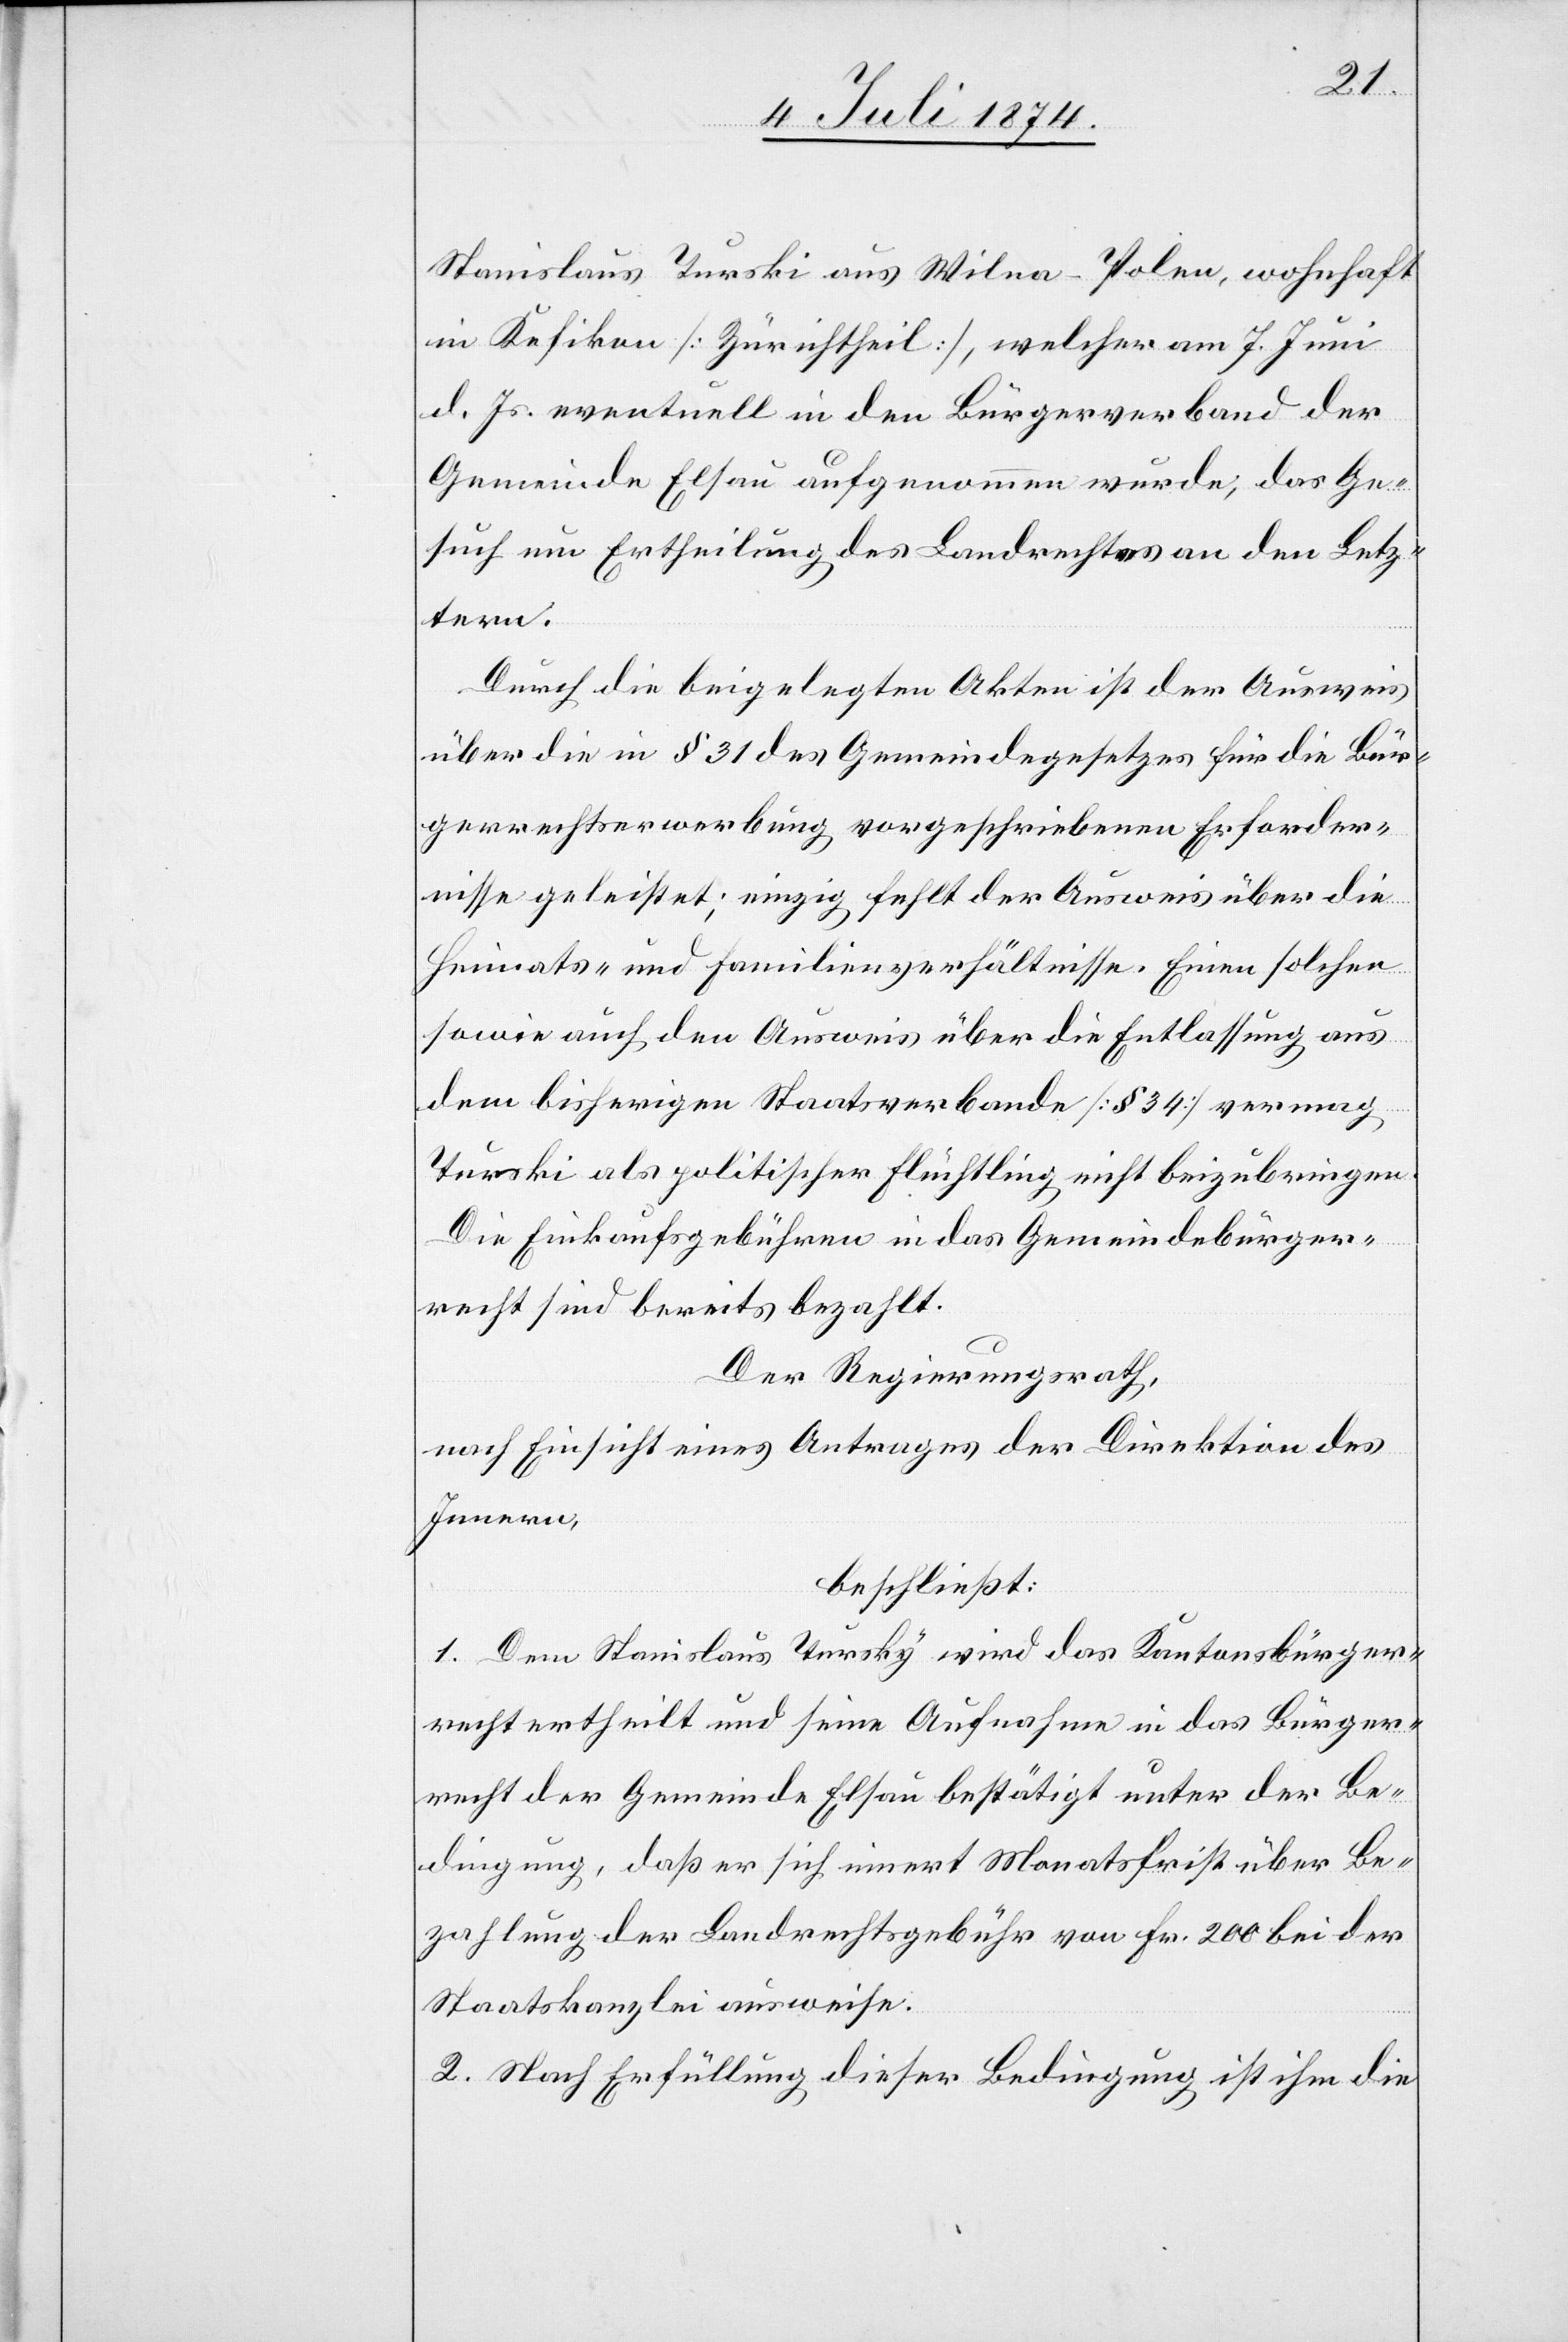
Stanislaus Turski aus Wilna-Polen, wohnhaft
in Kefikon [Zürichtheil], welcher am 7. Juni
d. Js. eventuell in den Bürgerverband der
Gemeinde Elsau aufgenommen wurde, das Ge¬
such um Ertheilung des Landrechtes an den Letz¬
tern.
Durch die beigelegten Akten ist der Ausweis
über die in § 31 des Gemeindegesetzes für die Bür¬
gerrechtserwerbung vorgeschriebenen Erforder¬
nisse geleistet; einzig fehlt der Ausweis über die
Heimats- und Familienverhältnisse. Einen solchen
sowie auch den Ausweis über die Entlassung aus
dem bisherigen Staatsverbande [§ 34] vermag
Turski als politischer Flüchtling nicht beizubringen.
Die Einkaufsgebühren in das Gemeindebürger¬
recht sind bereits bezahlt.
Der Regierungsrath,
nach Einsicht eines Antrages der Direktion des
Innern,
beschließt:
1. Dem Stanislaus Tursky [sic!] wird das Kantonsbürger¬
recht ertheilt und seine Aufnahme in das Bürger¬
recht der Gemeinde Elsau bestätigt unter der Be¬
dingung, daß er sich innert Monatsfrist über Be¬
zahlung der Landrechtsgebühr von Fr. 200 bei der
Staatskanzlei ausweise.
2. Nach Erfüllung dieser Bedingung ist ihm die